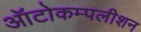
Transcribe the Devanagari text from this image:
ऑटोकम्पलीशन